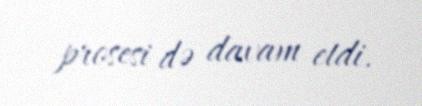
prosesi də davam etdi.